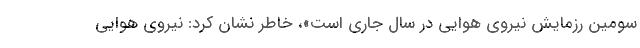
سومین رزمایش نیروی هوایی در سال جاری است»، خاطر نشان کرد: نیروی هوایی